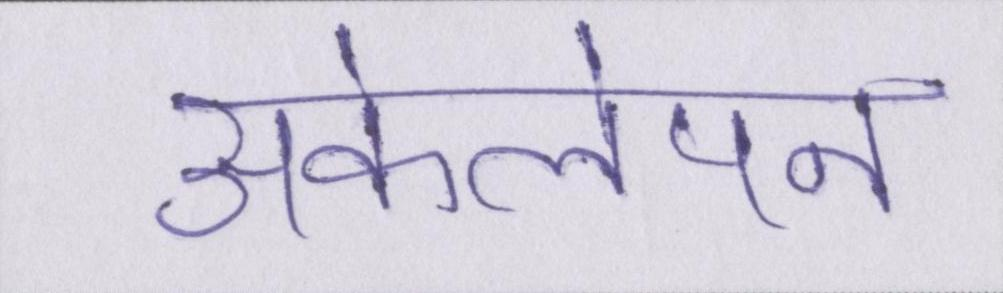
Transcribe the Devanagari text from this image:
अकेलेपन